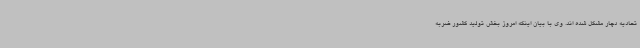
تحادیه دچار مشکل شده اند. وی با بیان اینکه امروز بخش تولید کشور ضربه